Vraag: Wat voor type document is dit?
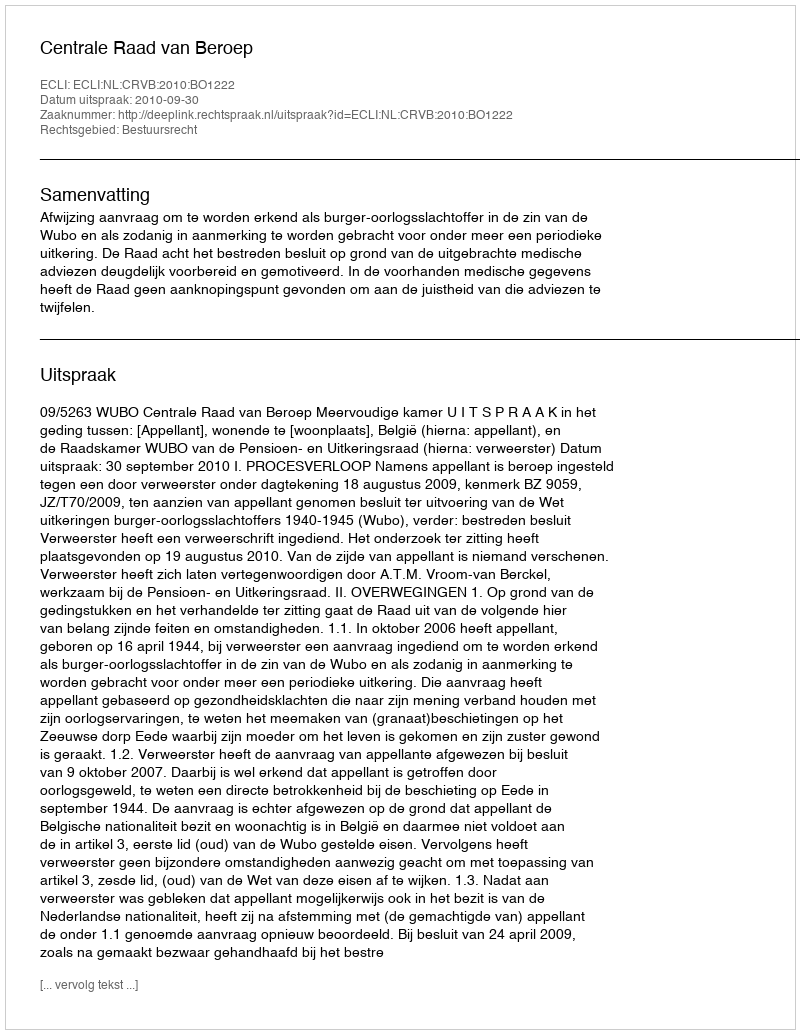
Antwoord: Uitspraak